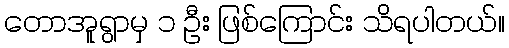
တောအူရွာမှ ၁ ဦး ဖြစ်ကြောင်း သိရပါတယ်။